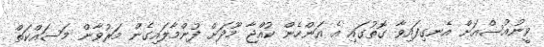
ވީނުއުސްއަށް އެނގިފައިވާ ގޮތުގައި އެ އަންހެން ކުއްޖާ މޫދަށް ފުންމާލައިގެެން މަރުވާން މަސައްކަތް